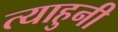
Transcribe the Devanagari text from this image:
त्याहुनी